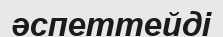
әспеттейді